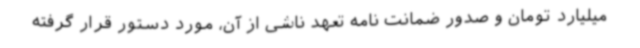
میلیارد تومان و صدور ضمانت نامه تعهد ناشی از آن، مورد دستور قرار گرفته